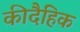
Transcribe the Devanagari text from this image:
कीदैहिक